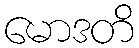
မောဒတိ